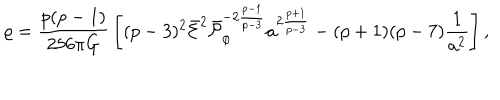
LaTeX: \varrho = { \frac { p ( p - 1 ) } { 2 5 6 \pi G } } \left[ ( p - 3 ) ^ { 2 } \bar { \cal E } ^ { 2 } \bar { \cal P } _ { \phi } ^ { - 2 { \frac { p - 1 } { p - 3 } } } a ^ { 2 { \frac { p + 1 } { p - 3 } } } - ( p + 1 ) ( p - 7 ) { \frac { 1 } { a ^ { 2 } } } \right] ,